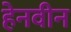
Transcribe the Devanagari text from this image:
हेनवीन